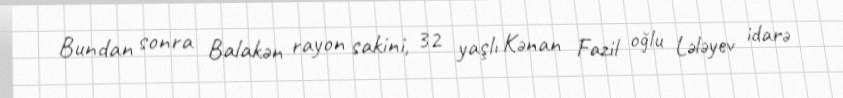
Bundan sonra Balakən rayon sakini, 32 yaşlı Kənan Fazil oğlu Lələyev idarə